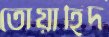
তোয়াহিদ